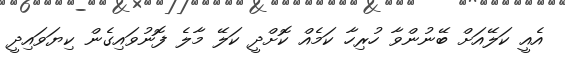
އެއީ ކަލޭއަށް ބޭނުންވާ ހުރިހާ ކަމެއް ކޮށްދީ ކަލޭ މާލެ ފޮނުވައިގެން ކިޔަވައިދީ